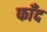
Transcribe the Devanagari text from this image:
फाँद